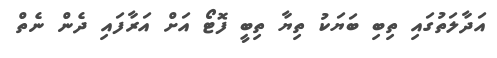
އަދާލަތުގައި ތިބި ބަޔަކު ތިޔާ ތިބީ ފޮޓޯ އަށް އަރާފައި ދެން ނެތް